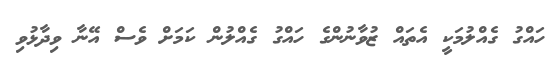
ހައްގު ގެއްލުމަކީ އެތައް ޒުވާނުންގެ ހައްގު ގެއްލުން ކަމަށް ވެސް އޭނާ ވިދާޅުވި